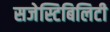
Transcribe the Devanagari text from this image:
सजेस्टिबिलिटी